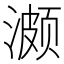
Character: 𬈱